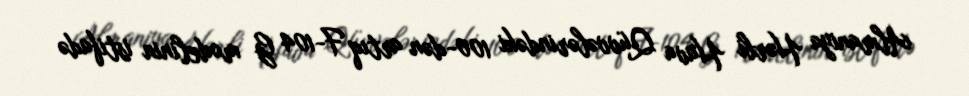
Almaniya Hərbi Hava Qüvvələrindəki 100-dən artıq F-104 G modelinin istifadə